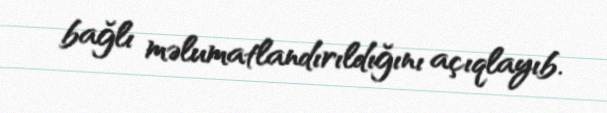
bağlı məlumatlandırıldığını açıqlayıb.